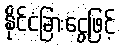
နိုင်ငံခြားငွေဖြင့်